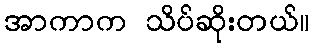
အာကာက သိပ်ဆိုးတယ်။